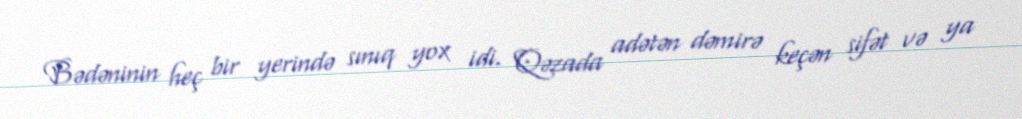
Bədəninin heç bir yerində sınıq yox idi. Qəzada adətən dəmirə keçən sifət və ya